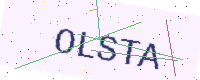
Text: OLSTA